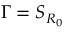
\Gamma = S _ { R _ { 0 } }